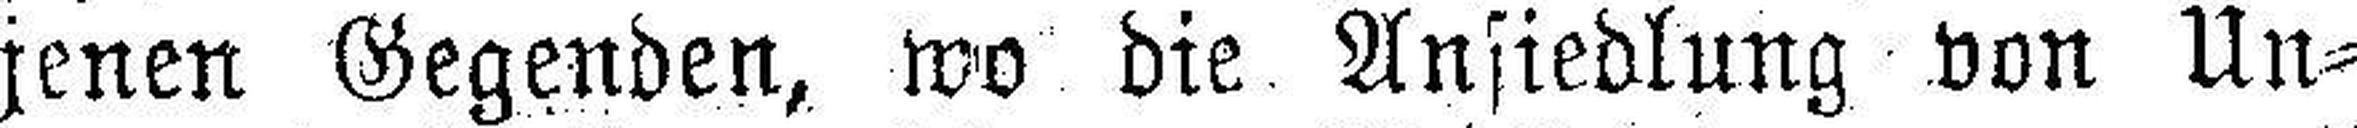
jenen Gegenden, wo die Ansiedlung von Un¬